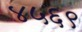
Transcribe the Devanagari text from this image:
४५६९